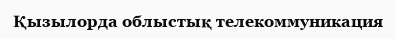
Қызылорда облыстық телекоммуникация